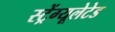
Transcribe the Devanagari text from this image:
स्ट्रेंग्यूलेटेड